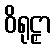
ဝိရုဠှာ